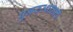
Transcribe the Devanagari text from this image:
पुनरुत्थानाचे